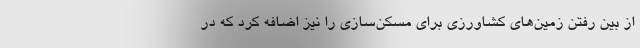
از بین رفتن زمین‌های کشاورزی برای مسکن‌سازی را نیز اضافه کرد که در